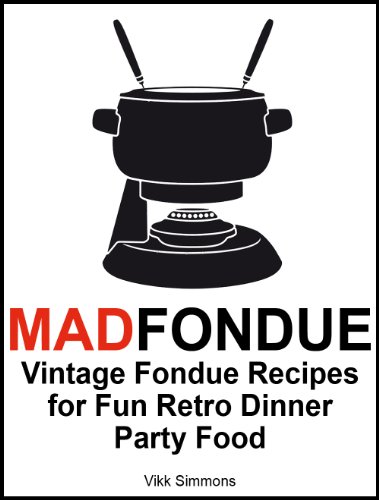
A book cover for MAD FONDUE: Vintage Fondue Recipes for Fun Retro Dinner Party Food; Vikk Simmons; Cookbooks, Food & Wine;